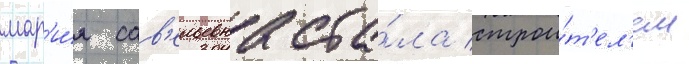
мар'и́я сав'ельевна ста́ла строи́т'ел'ем